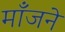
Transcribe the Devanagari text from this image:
माँजने